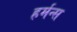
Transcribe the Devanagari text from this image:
हर्मन्स